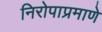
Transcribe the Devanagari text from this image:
निरोपाप्रमाणे